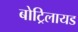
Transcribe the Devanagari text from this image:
बोट्रिलायड